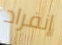
إنفراد